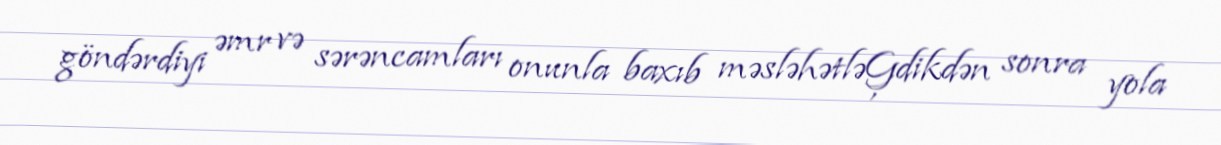
göndərdiyi əmr və sərəncamları onunla baxıb məsləhətləĢdikdən sonra yola